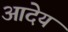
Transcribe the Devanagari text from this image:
आदेय